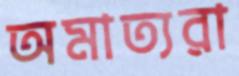
অমাত্যরা